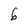
Character: 6